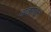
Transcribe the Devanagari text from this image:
अंतराहून